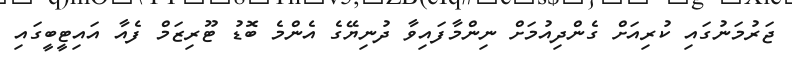
ޖަރުމަނުގައި ކުރިއަށް ގެންދިއުމަށް ނިންމާފައިވާ ދުނިޔޭގެ އެންމެ ބޮޑު ޓޫރިޒަމް ފެއާ އައިޓީބީގައި